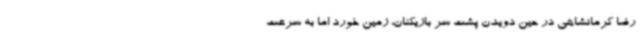
رضا کرمانشاهی در حین دویدن پشت سر بازیکنان، زمین خورد اما به سرعت